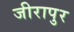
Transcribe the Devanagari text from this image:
जीरापुर